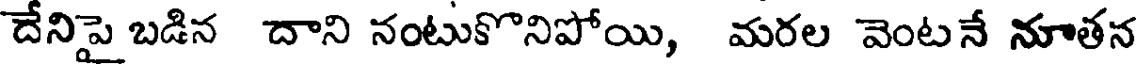
దేనిపై బడిన దాని నంటుకొనిపోయి, మరల వెంటనే నూతన